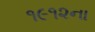
૧૯૧૨ના